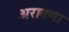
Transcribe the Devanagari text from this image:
अरावणा